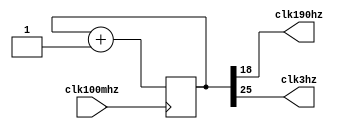
module clkDiv(
    input clk100mhz,
    output clk190hz,
    output clk3hz
);
reg[25:0] count=0;
assign clk190hz=count[18];
assign clk3hz=count[25];
always@(posedge clk100mhz)
    count<=count+1;

endmodule